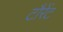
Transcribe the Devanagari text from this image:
टौरेंट